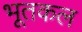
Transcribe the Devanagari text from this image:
भूतकल